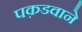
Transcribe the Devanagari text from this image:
पक़डवाने